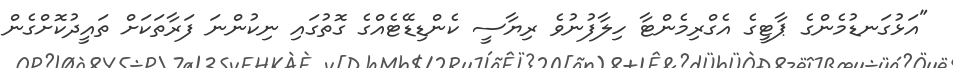
"އަޅުގަނޑުމެންގެ ޕާޓީގެ އެގްރިމެންޓާ ހިލާފުނުވެ ރިޔާސީ ކެންޑިޑޭޓެއްގެ ގޮތުގައި ނިކުންނަ ފަރާތަކަށް ތައީދުކޮށްގެން